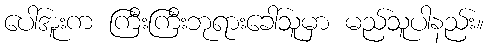
ပေါ်အူးက ကြီးကြီးဘုရားခေါ်သူမှာ မည်သူပါနည်း။